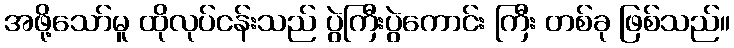
အဖို့သော်မူ ထိုလုပ်ငန်းသည် ပွဲကြီးပွဲကောင်း ကြီး တစ်ခု ဖြစ်သည်။